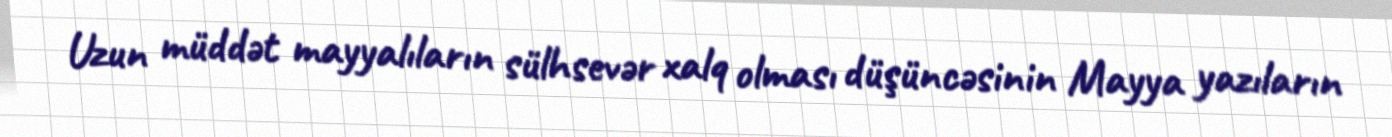
Uzun müddət mayyalıların sülhsevər xalq olması düşüncəsinin Mayya yazıların